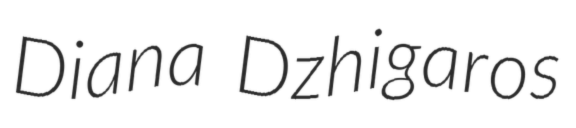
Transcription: Diana Dzhigaros